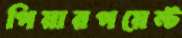
পিয়ারপয়েন্ট